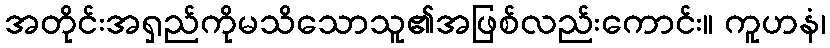
အတိုင်းအရှည်ကိုမသိသောသူ၏အဖြစ်လည်းကောင်း။ ကူဟနံ၊